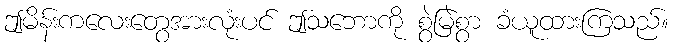
ဤမိန်းကလေးတွေအားလုံးပင် ဤသဘောကို စွဲမြဲစွာ ခံယူထားကြသည်။